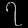
Digit: ၇